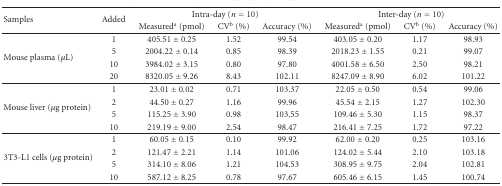
<table><thead><tr><td rowspan="2"><b>Samples</b></td><td rowspan="2"><b>Added</b></td><td colspan="3"><b>Intra-day (<i>n</i> = 10)</b></td><td colspan="3"><b>Inter-day (<i>n</i> = 10)</b></td></tr><tr><td><b>Measured<sup>a</sup> (pmol)</b></td><td><b>CV<sup>b</sup> (%)</b></td><td><b>Accuracy (%)</b></td><td><b>Measured<sup>a</sup> (pmol)</b></td><td><b>CV<sup>b</sup> (%)</b></td><td><b>Accuracy (%)</b></td></tr></thead><tbody><tr><td rowspan="4">Mouse plasma (<i>μ</i>L)</td><td>1</td><td>405.51 ± 0.25</td><td>1.52</td><td>99.54</td><td>403.05 ± 0.20</td><td>1.17</td><td>98.93</td></tr><tr><td>5</td><td>2004.22 ± 0.14</td><td>0.85</td><td>98.39</td><td>2018.23 ± 1.55</td><td>0.21</td><td>99.07</td></tr><tr><td>10</td><td>3984.02 ± 3.15</td><td>0.80</td><td>97.80</td><td>4001.58 ± 6.50</td><td>2.50</td><td>98.21</td></tr><tr><td>20</td><td>8320.05 ± 9.26</td><td>8.43</td><td>102.11</td><td>8247.09 ± 8.90</td><td>6.02</td><td>101.22</td></tr><tr><td rowspan="4">Mouse liver (<i>μ</i>g protein)</td><td>1</td><td>23.01 ± 0.02</td><td>0.71</td><td>103.37</td><td>22.05 ± 0.50</td><td>0.54</td><td>99.06</td></tr><tr><td>2</td><td>44.50 ± 0.27</td><td>1.16</td><td>99.96</td><td>45.54 ± 2.15</td><td>1.27</td><td>102.30</td></tr><tr><td>5</td><td>115.25 ± 3.90</td><td>0.98</td><td>103.55</td><td>109.46 ± 5.30</td><td>1.15</td><td>98.37</td></tr><tr><td>10</td><td>219.19 ± 9.00</td><td>2.54</td><td>98.47</td><td>216.41 ± 7.25</td><td>1.72</td><td>97.22 </td></tr><tr><td rowspan="4">3T3-L1 cells (<i>μ</i>g protein)</td><td>1</td><td>60.05 ± 0.15</td><td>0.10</td><td>99.92</td><td>62.00 ± 0.20</td><td>0.25</td><td>103.16</td></tr><tr><td>2</td><td>121.47 ± 2.21</td><td>1.14</td><td>101.06</td><td>124.02 ± 5.44</td><td>2.10</td><td>103.18</td></tr><tr><td>5</td><td>314.10 ± 8.06</td><td>1.21</td><td>104.53</td><td>308.95 ± 9.75</td><td>2.04</td><td>102.81</td></tr><tr><td>10</td><td>587.12 ± 8.25</td><td>0.78</td><td>97.67</td><td>605.46 ± 6.15</td><td>1.45</td><td>100.74</td></tr></tbody></table>